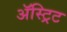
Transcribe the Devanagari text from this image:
ॲस्ट्रिट